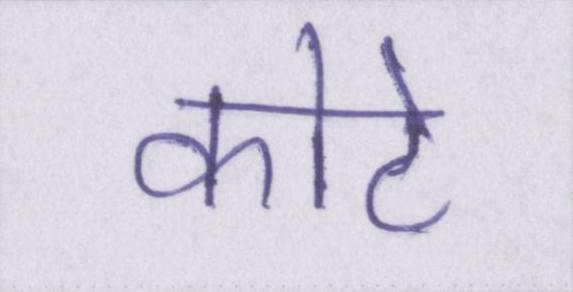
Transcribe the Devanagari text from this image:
कोटे